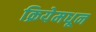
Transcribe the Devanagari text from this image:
क्रियेमधून